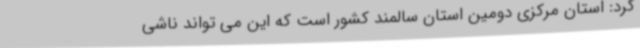
کرد: استان مرکزی دومین استان سالمند کشور است که این می تواند ناشی